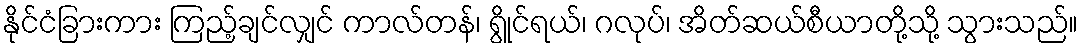
နိုင်ငံခြားကား ကြည့်ချင်လျှင် ကာလ်တန်၊ ရွိုင်ရယ်၊ ဂလုပ်၊ အိတ်ဆယ်စီယာတို့သို့ သွားသည်။